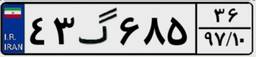
۴۳گ۶۸۵۳۶